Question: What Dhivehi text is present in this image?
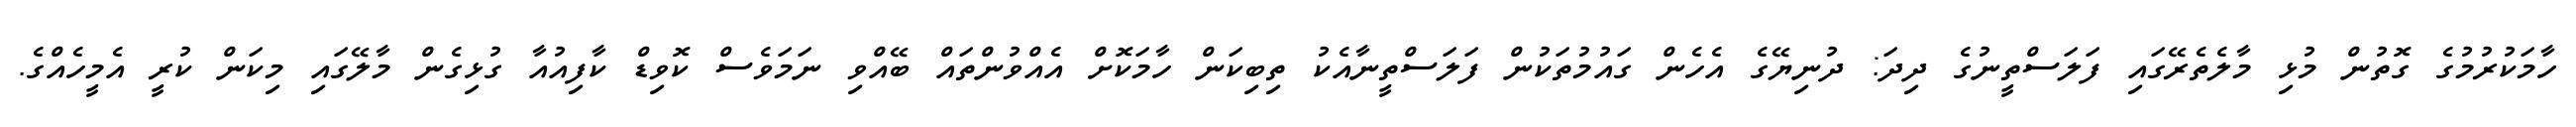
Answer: ހާމަކުރުމުގެ ގޮތުން މުޅި މާލެތެރޭގައި ފަލަސްތީނުގެ ދިދަ: ދުނިޔޭގެ އެހެން ގައުމުތަކުން ފަލަސްތީނާއެކު ތިބިކަން ހާމަކޮށް އެއްވުންތައް ބޭއްވި ނަމަވެސް ކޮވިޑް ކާފިއުއާ ގުޅިގެން މާލޭގައި މިކަން ކުރީ އެމީހެއްގެ.